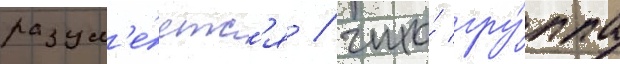
разум'е́етс'я / что́ гру́ппа